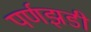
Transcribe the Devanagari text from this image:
पर्णझडी